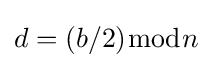
d=(b/2){\bmod {n}}